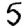
Digit: 5